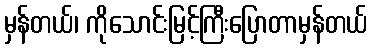
မှန်တယ်၊ ကိုသောင်းမြင့်ကြီးပြောတာမှန်တယ်